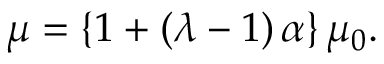
\begin{array} { r } { \mu = \left\{ 1 + \left( \lambda - 1 \right) \alpha \right\} \mu _ { 0 } . } \end{array}